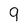
Character: 9